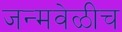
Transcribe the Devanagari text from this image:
जन्मवेळीच